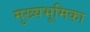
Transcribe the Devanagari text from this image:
मुख्यभूमिका